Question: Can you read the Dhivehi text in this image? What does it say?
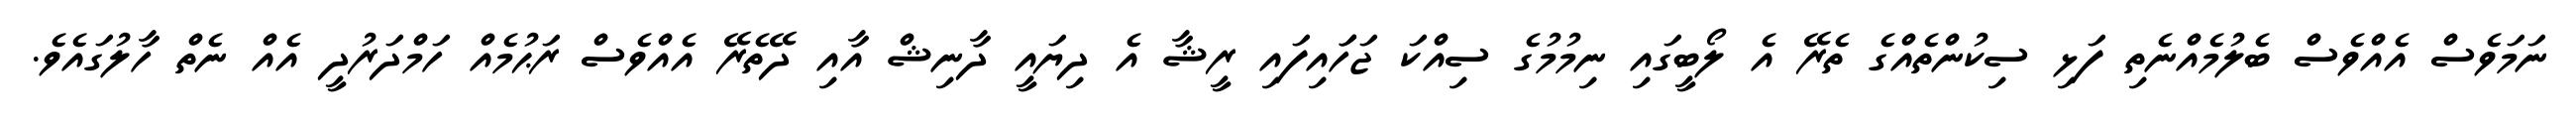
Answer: ނަމަވެސް އެއްވެސް ބެލުމެއްނެތި ފަޅި ސިކުންތެއްގެ ތެރޭ އެ ލޯބީގައި ނިމުމުގެ ސިއްކަ ޖަހަައިފައި ރީޝާ އެ ދިޔައީ ދާނިޝް އާއި ދޭތެރޭ އެއްވެސް ރަޙުމެއް ހަމްދަރުދީ އެއް ނެތް ހާލުގައެވެ.